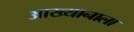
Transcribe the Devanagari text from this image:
आख्यानाला